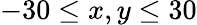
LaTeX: -30\le x,y\le 30